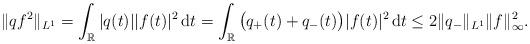
LaTeX: \begin{align*} \|qf^2\|_{L^1}=\int_{\mathbb R} |q(t)| |f(t)|^2\,\mathrm dt=\int_{\mathbb R} \big(q_+(t)+q_-(t)\big) |f(t)|^2\,\mathrm dt\leq 2\|q_-\|_{L^1}\|f\|_\infty^2. \end{align*}